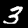
Digit: 3